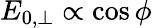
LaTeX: E_{0,\perp}\propto\cos\phi